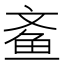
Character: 𮹓